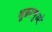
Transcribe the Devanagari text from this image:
शुक्राणुओ